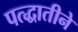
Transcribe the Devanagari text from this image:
पत्द्धातीने